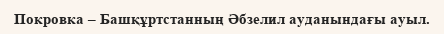
Покровка – Башқұртстанның Әбзелил ауданындағы ауыл.